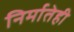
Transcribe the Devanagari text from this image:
निर्मातेही